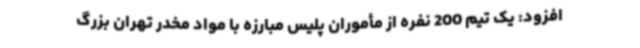
افزود: یک تیم 200 نفره از مأموران پلیس مبارزه با مواد مخدر تهران بزرگ